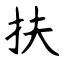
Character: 扶